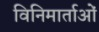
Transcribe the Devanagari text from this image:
विनिमार्ताओं